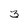
Character: 3